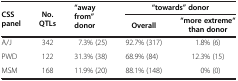
<table><thead><tr><td rowspan="2"><b>CSS panel</b></td><td rowspan="2"><b>No. QTLs</b></td><td rowspan="2"><b>“away from” donor</b></td><td colspan="2"><b>“towards” donor</b></td></tr><tr><td><b>Overall</b></td><td><b>“more extreme“ than donor</b></td></tr></thead><tbody><tr><td>A/J</td><td>342</td><td>7.3% (25)</td><td>92.7% (317)</td><td>1.8% (6)</td></tr><tr><td>PWD</td><td>122</td><td>31.3% (38)</td><td>68.9% (84)</td><td>12.3% (15)</td></tr><tr><td>MSM</td><td>168</td><td>11.9% (20)</td><td>88.1% (148)</td><td>0% (0)</td></tr></tbody></table>